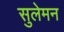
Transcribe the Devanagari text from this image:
सुलेमन